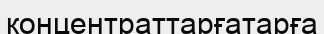
концентраттарғатарға